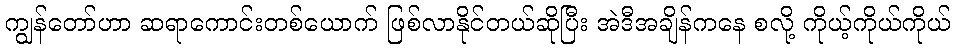
ကျွန်တော်ဟာ ဆရာကောင်းတစ်ယောက် ဖြစ်လာနိုင်တယ်ဆိုပြီး အဲဒီအချိန်ကနေ စလို့ ကိုယ့်ကိုယ်ကိုယ်